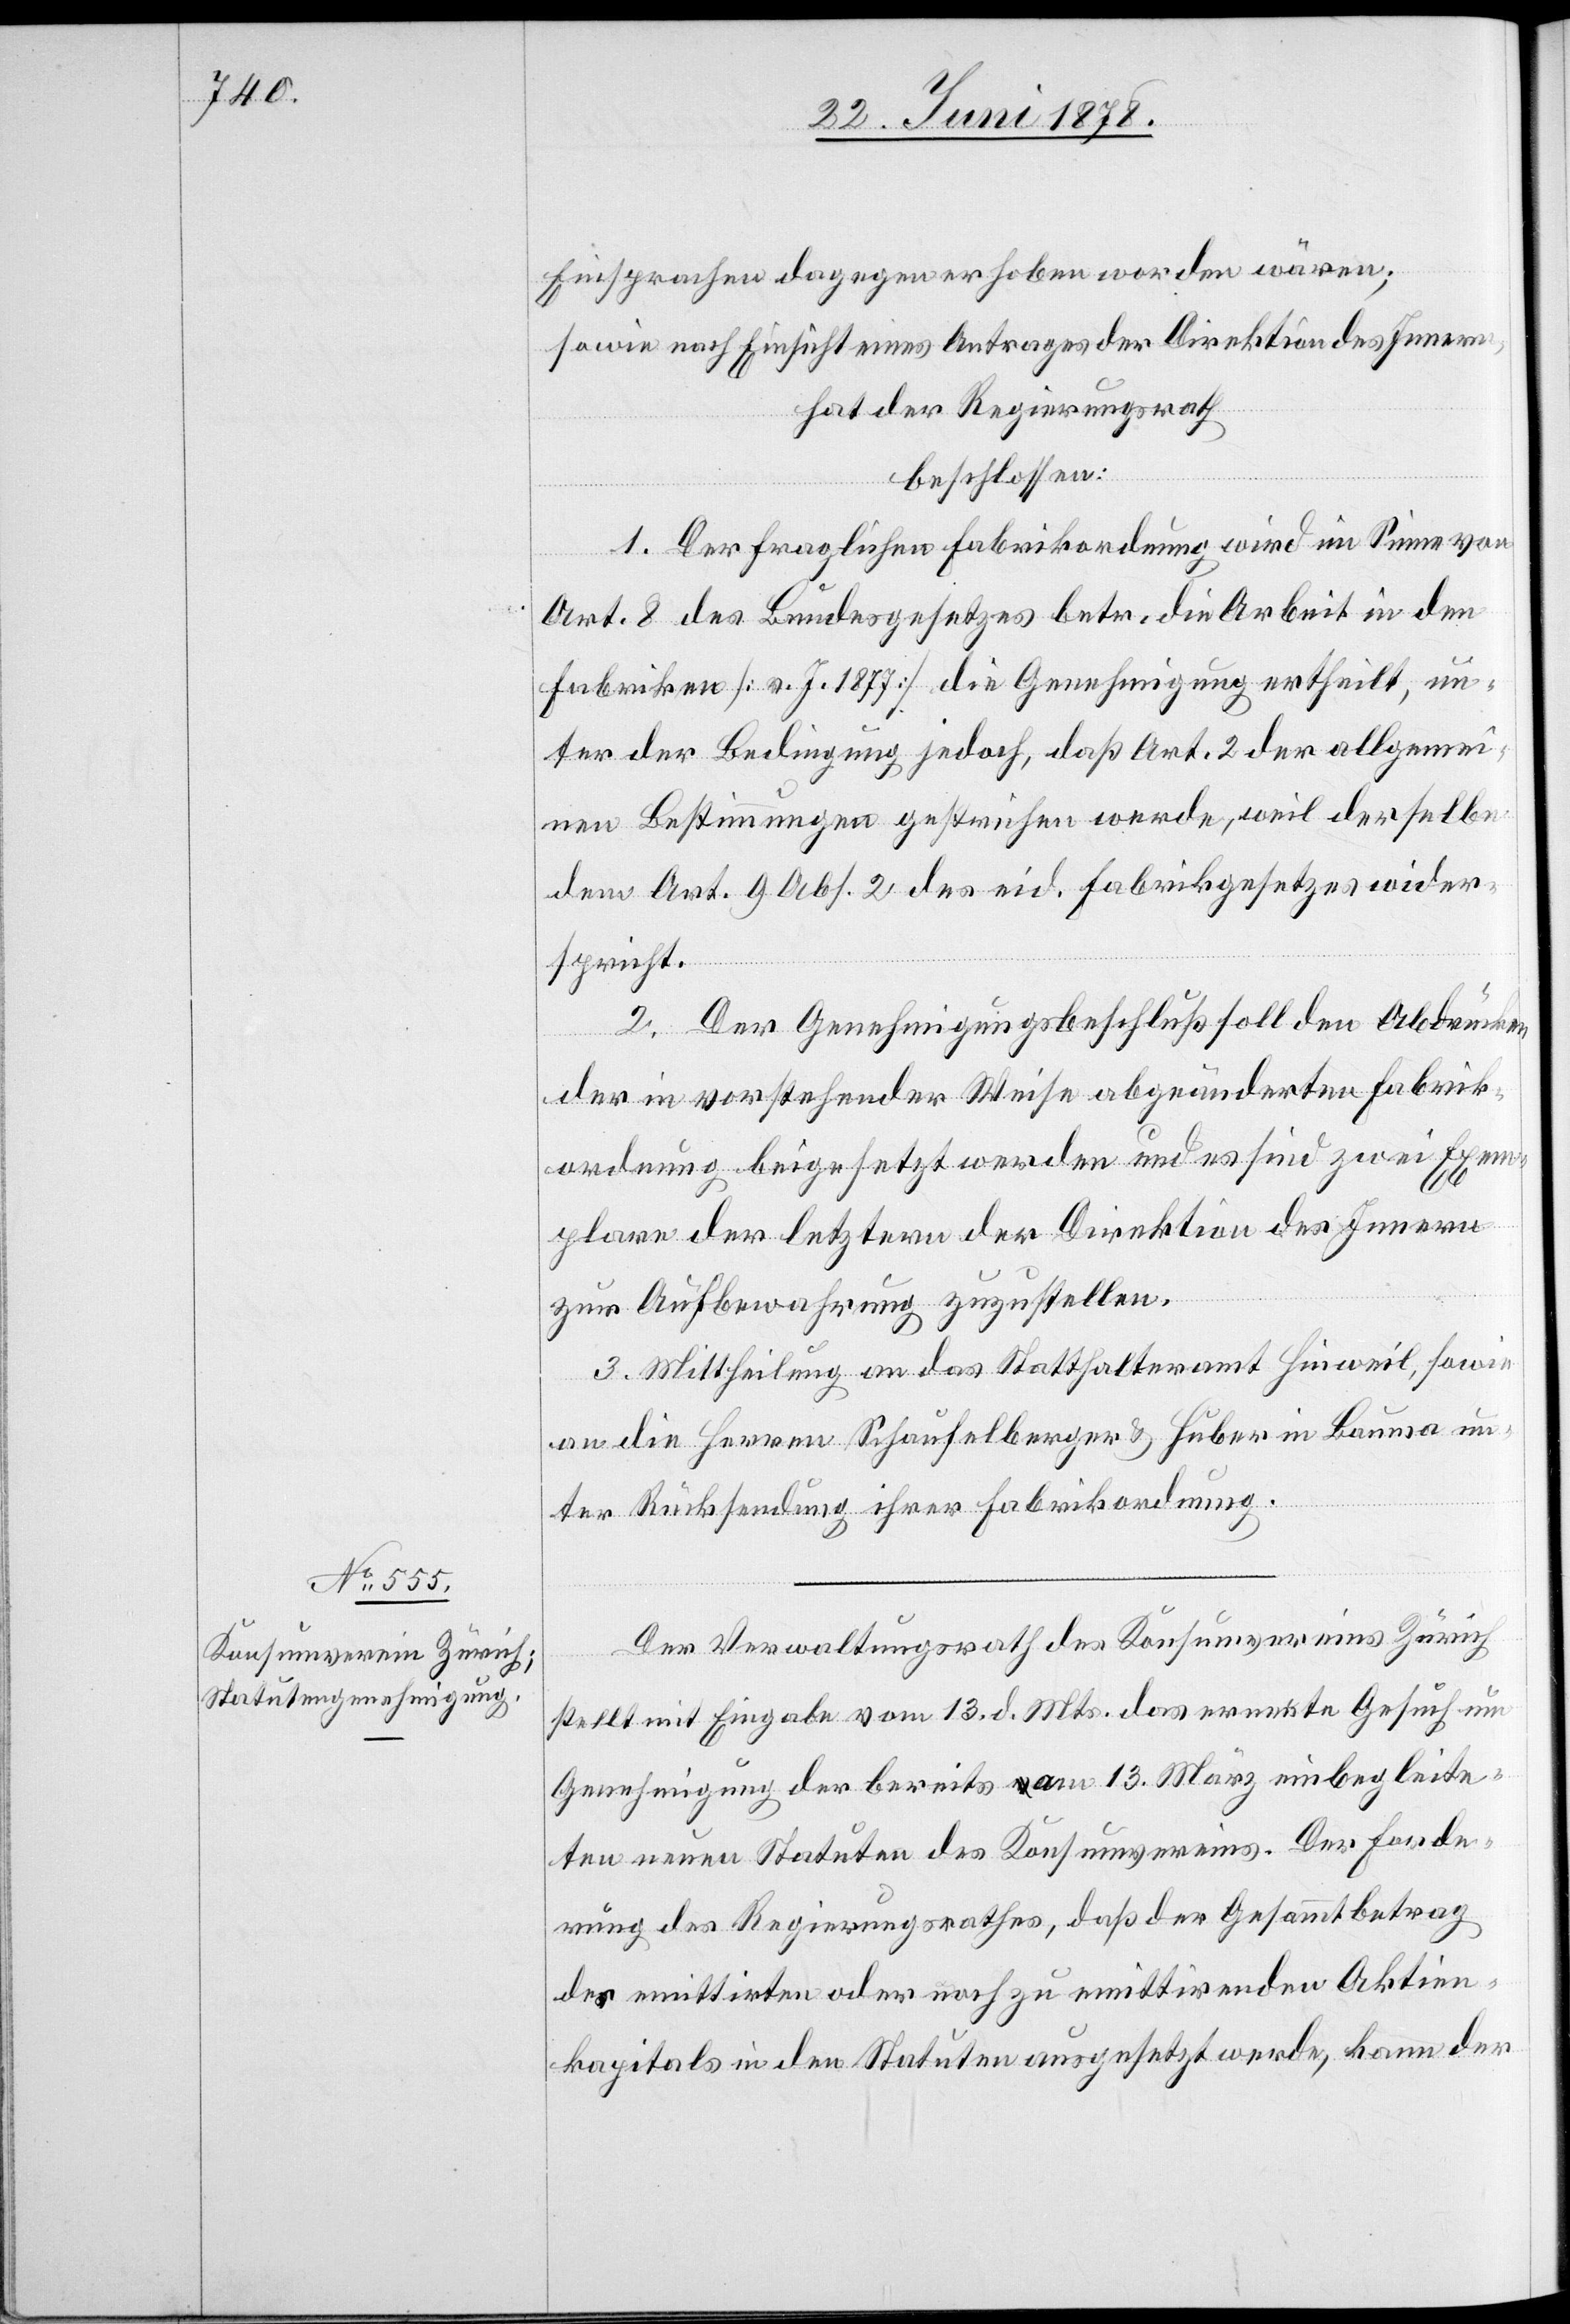
Einsprachen dagegen erhoben worden wären;
sowie nach Einsicht eines Antrages der Direktion des Inner¬
n,
hat der Regierungsrath
beschlossen:
1. Der fraglichen Fabrikordnung wird im Sinne von
Art. 8 des Bundesgesetzes betr. die Arbeit in den
Fabriken [v. J. 1877] die Genehmigung ertheilt, un¬
ter der Bedingung jedoch, daß Art. 2 der allgemei¬
nen Bestimmungen gestrichen werde, weil derselbe
dem Art. 9 Abs. 2 des eid. Fabrikgesetzes wider¬
spricht.
2. Der Genehmigungsbeschluß soll den Abdrücken
der in vorstehender Weise abgeänderten Fabrik¬
ordnung beigesetzt werden und es sind zwei Exem¬
plare der letztern der Direktion des Innern
zur Aufbewahrung zuzustellen.
3. Mittheilung an das Statthalteramt Hinweil, sowie
an die Herren Schaufelberger & Huber in Bauma un¬
ter Rücksendung ihrer Fabrikordnung.
Der Verwaltungsrath des Konsumvereins Zürich
stellt mit Eingabe vom 13. d. Mts. das erneute Gesuch um
Genehmigung der bereits am 13. März einbegleite¬
ten neuen Statuten des Konsumvereins. Der Forde¬
rung des Regierungsrathes, daß der Gesammtbetrag
des emittirten oder noch zu emittirenden Aktien¬
kapitals in den Statuten ausgesetzt werde, kann der